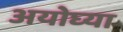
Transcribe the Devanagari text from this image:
अयोघ्या